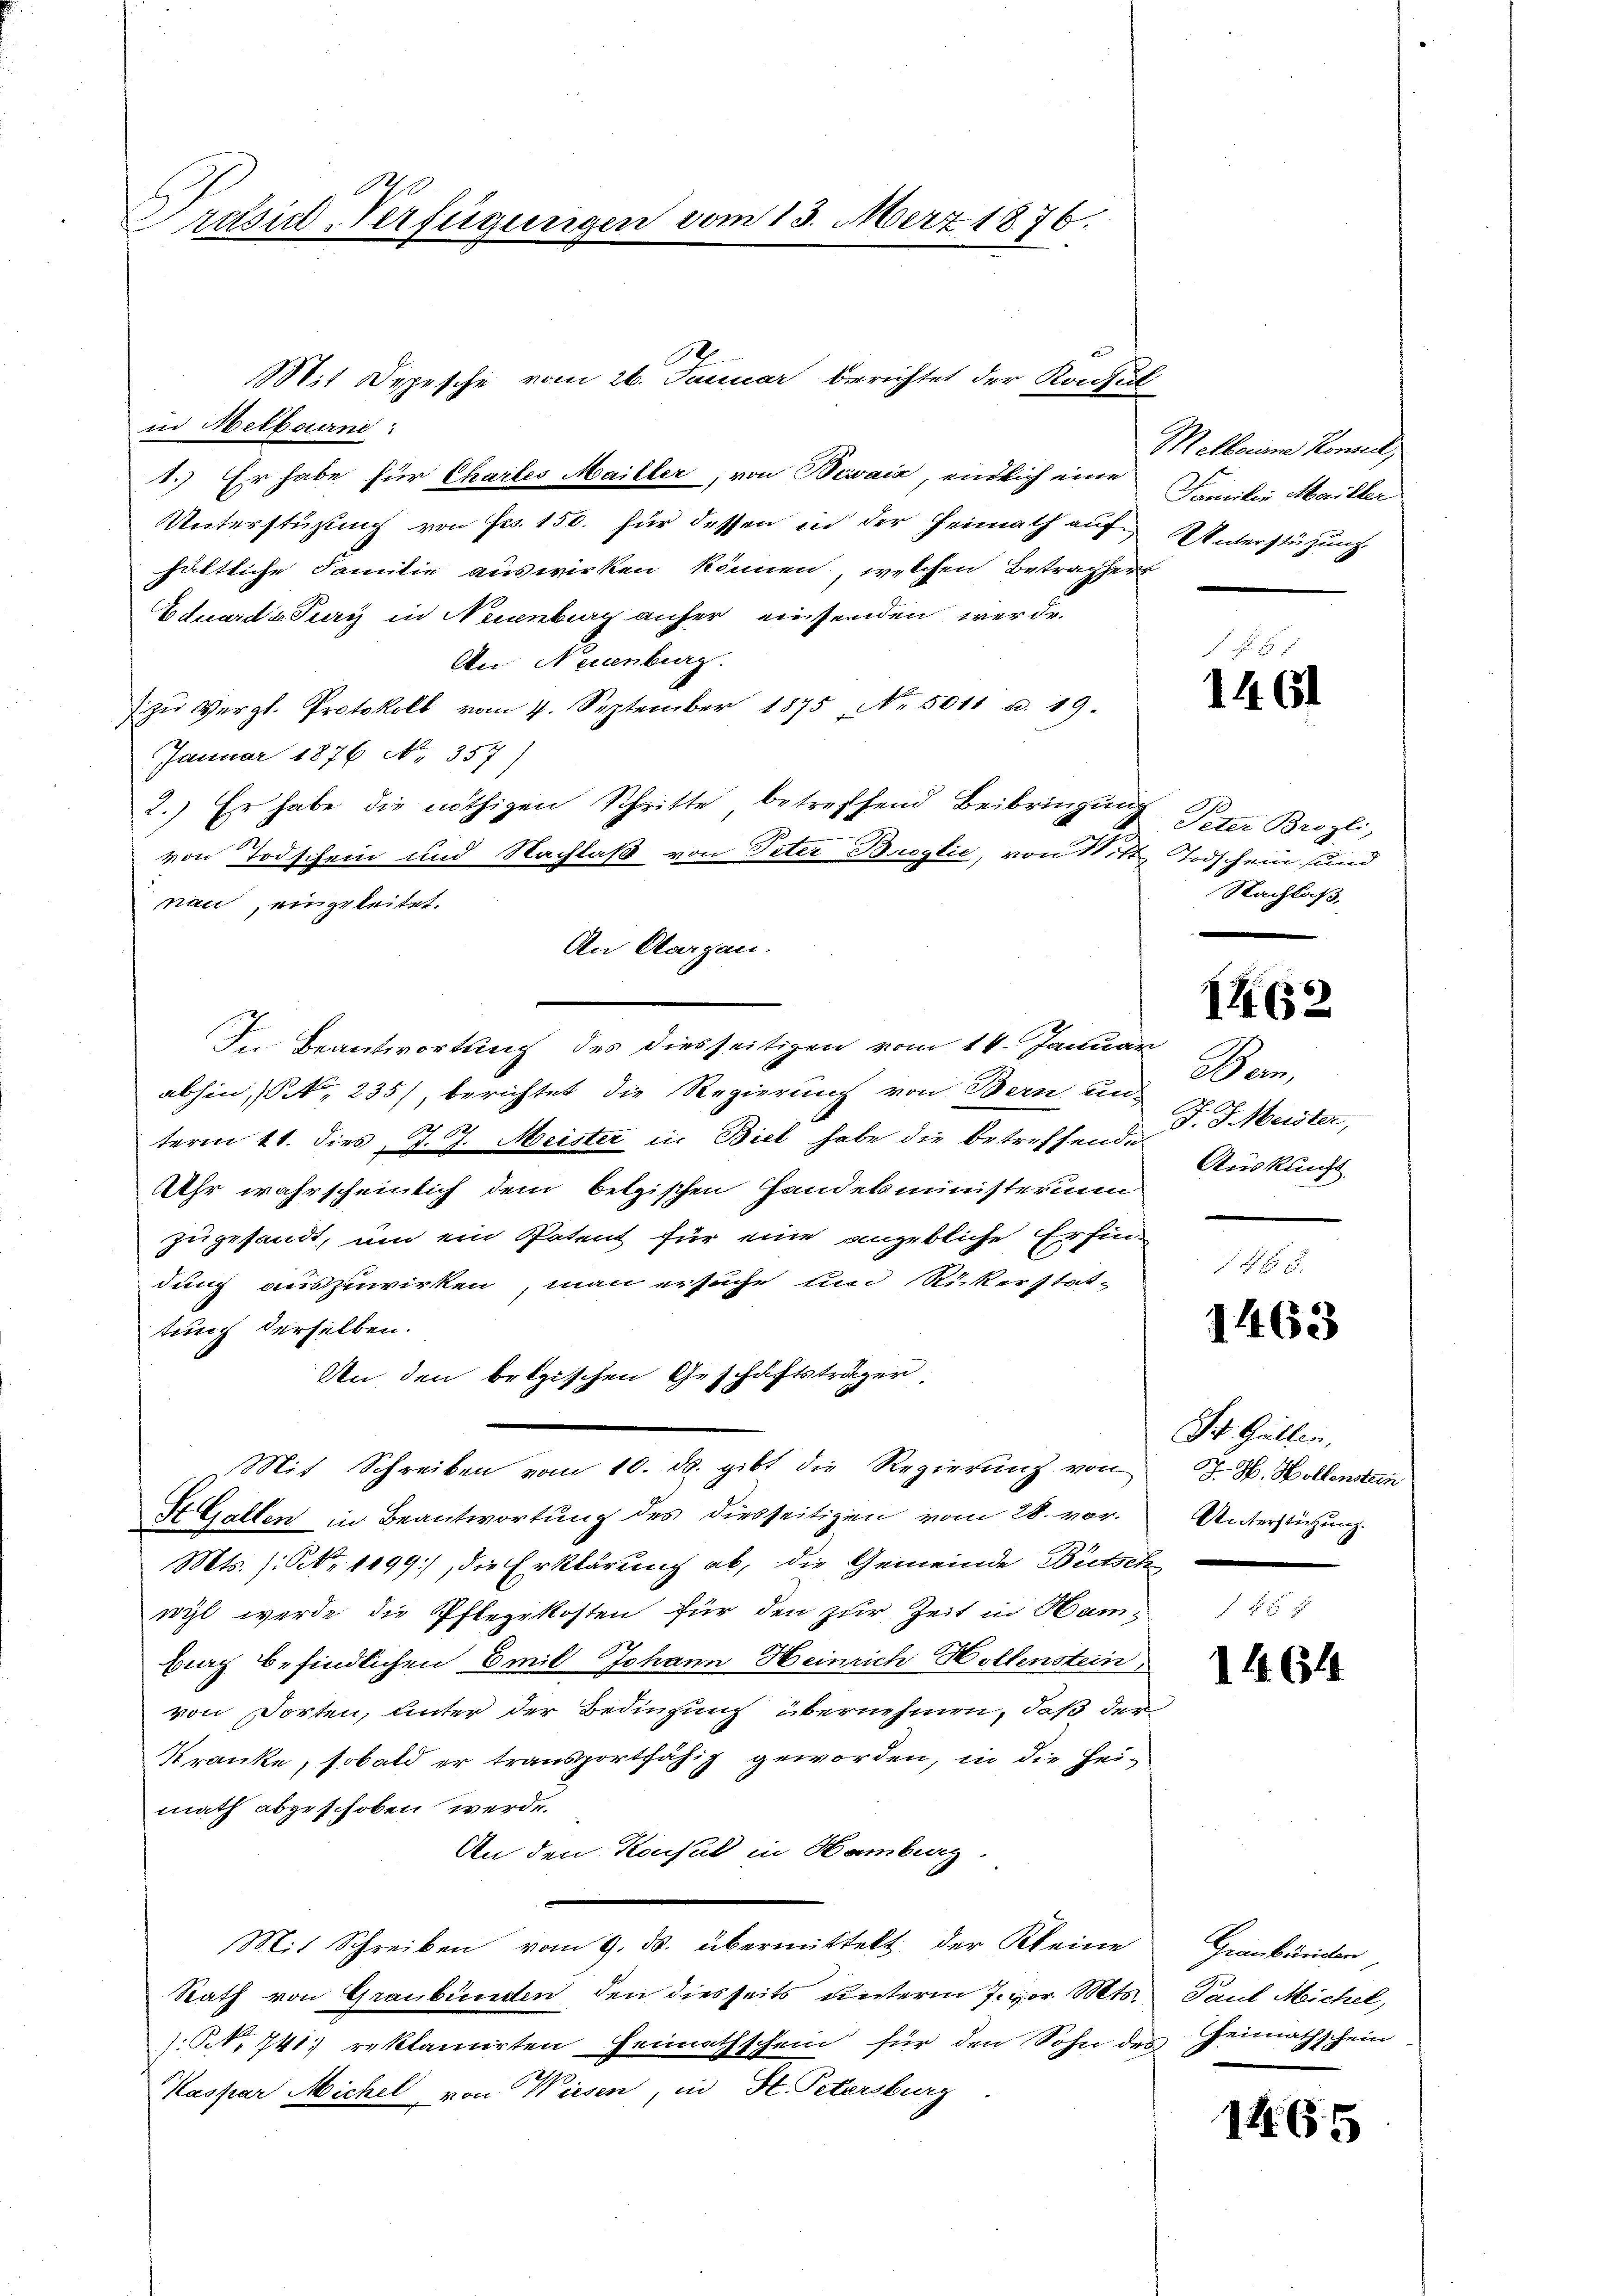
Präsid Verfügungen vom 13. März 1876.

Mit Depesche vom 26. Januar berichtet der Konsul
in Melbourne:
1.) Er habe für Chartes Mailler, von Bewaix, endlich eine
Unterstüzung von Frs. 150. für dessen in der Heimath auf
hältliche Familie auswirken können, welchen Betragser
Eduards Pury in Neuenburg anher einsenden, werde.
An Neuenburg.
zŭ Vergl. Protokoll vom 4. September 1875, No. 5011 u. 19.
Januar 1876 No. 357)
2.) Er habe die nöthigen Schritte betreffend Beibringung
von Todschein und Nachlaß von Peter Breglie, von N. 11
nau, eingeleitet.
In Beantwortung des diesseitigen vom 14. Januar
abhin, No 235), berichtet die Regierung von Bern un-
term 11. dies J. J. Meister in Biel habe die betreffende Auskunft
Uhr wahrscheinlich dem betzischen Handesministerium
zugesandt, um ein Patent für eine angebliche Erfindung auszuwirken, man ersuche und Rickerstattung derselben.
An den belgischen Geschäftsträger
Mit Schreiben vom 10. ds. gibt die Regierung von
HGallen in Beantwortung des diesseitigen vom 28. vor.
Mts. s. Nr. 1199), die Erklärung ab, die Gemeinde Beetsch
wyl werde die Pflegekosten für den zur Zeit in Ham¬
Erach befindlichen Emil Johann Heinrich Hollenstein
von Dorten, unter der Bedingung übernehmen, daß der
Kranke, sobald er transportfähig geworden, in die Hei-
math abgeschoben werde.
An den Konsul in Hamburg.
Mit Schreiben vom 9. ds. übermittelt der Kleine
Rath von Graubünden, den diesseits unterm Jepor. Mts.
N. 741) reklamirten Gemüthschein für den Sohn des
Maspar Michel von Wiesen, in St. Petersburg

An Aargau.

Melborne Konseil,
Familie Mailler
Unterstüzung.

1461

Peter Brozli,
Todschein und
Nachlaß,

162

Bern,
J. J. Meister,

1463

St. Gallen,
J. H. Hollenstein
Unterstüzung.

1464

Graubünden,
Paul Michel,
& Heimathschein

1465